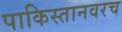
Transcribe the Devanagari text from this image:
पाकिस्तानवरच